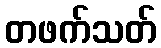
တဖက်သတ်